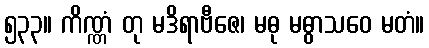
၅၃၃။ ကိဏ္ဏံ တု မဒိရာဗီဇေ၊ မဓု မဓွာသဝေ မတံ။